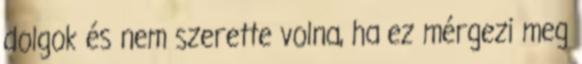
dolgok és nem szerette volna, ha ez mérgezi meg